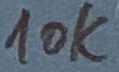
Text: 10K